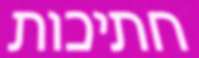
חתיכות